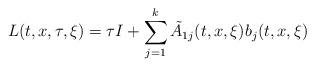
LaTeX: \begin{align*}L(t,x,\tau,\xi)=\tau I+\sum_{j=1}^k{\tilde A}_{1j}(t,x,\xi)b_j(t,x,\xi)\end{align*}